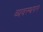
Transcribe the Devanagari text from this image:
व्यवस्थपन